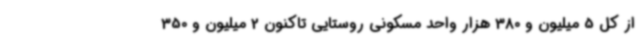
از کل 5 میلیون و 380 هزار واحد مسکونی روستایی تاکنون 2 میلیون و 350